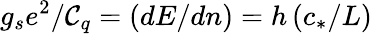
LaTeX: g_{s}e^{2}/\mathcal{C}_{q}=\left(dE/dn\right)=h\left(c_{*}/L\right)